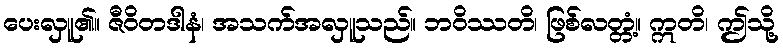
ပေးလှူ၏။ ဇီဝိတဒါနံ၊ အသက်အလှူသည်။ ဘဝိဿတိ၊ ဖြစ်လတ္တံ့။ ဣတိ၊ ဤသို့